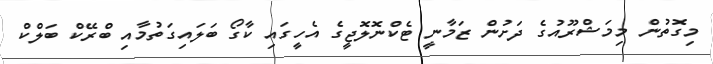
މިގޮތުން މިމަޝްރޫއުގެ ދަށުން ޒަމާނީ ޓެކްނޮލޮޖީގެ އެހީގައި ކާގޯ ބަލައިގަތުމާއި ބްރޭކް ބަލްކް